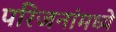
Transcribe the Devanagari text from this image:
परिजनांमध्ये